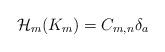
LaTeX: \begin{align*} \begin{aligned} \mathcal{H}_m(K_m)=C_{m,n}\delta _a\end{aligned} \end{align*}